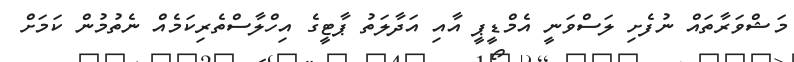
މަޝްވަރާތައް ނުފެށި ލަސްވަނީ އެމްޑީޕީ އާއި އަދާލަތު ޕާޓީގެ އިހްލާސްތެރިކަމެއް ނެތުމުން ކަމަށް